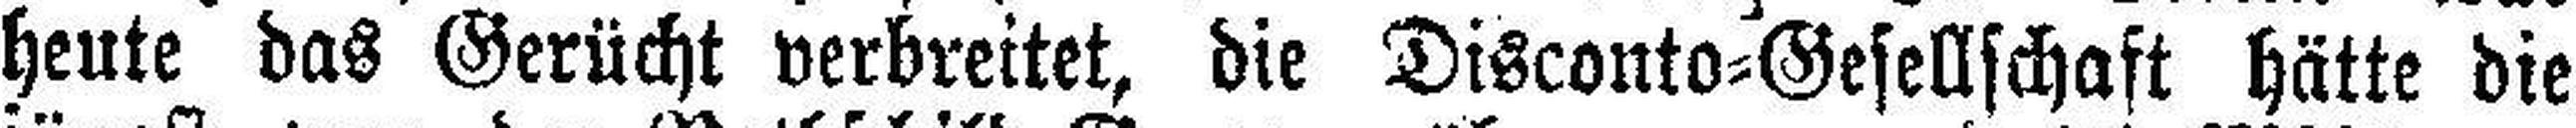
heute das Gerücht verbreitet, die Disconto=Gesellschaft hätte die